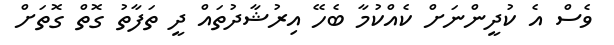
ވެސް އެ ކުދީންނަށް ކެއްކުމާ ބެހޭ އިރުޝާދުތައް ދީ ތަފާތު ގޮތް ގޮތަށް